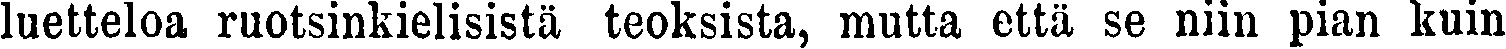
luetteloa ruotsinkielisistä teoksista, mutta että se niin pian kuin